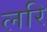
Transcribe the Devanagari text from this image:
लरि